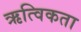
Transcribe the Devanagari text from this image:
ऋत्विकता